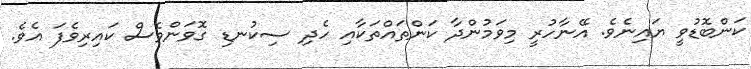
ކަންބޮޑުވީ ޔައިނެވެ. އޭނާހުރީ މިވަމުންދާ ކަންތައްތަކާއި ހެދި ސިކުނޑި ގޮވަންވެސް ކައިރިވެފަ އެވެ.